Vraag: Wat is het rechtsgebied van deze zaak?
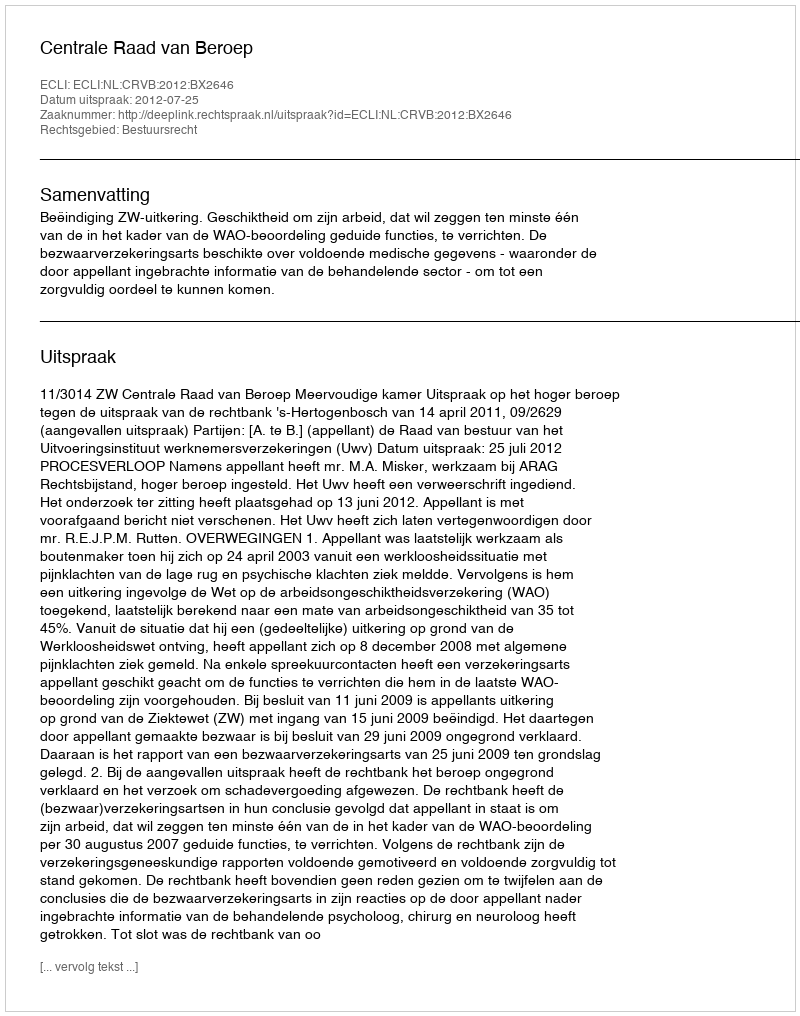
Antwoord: Bestuursrecht